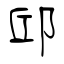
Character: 邱